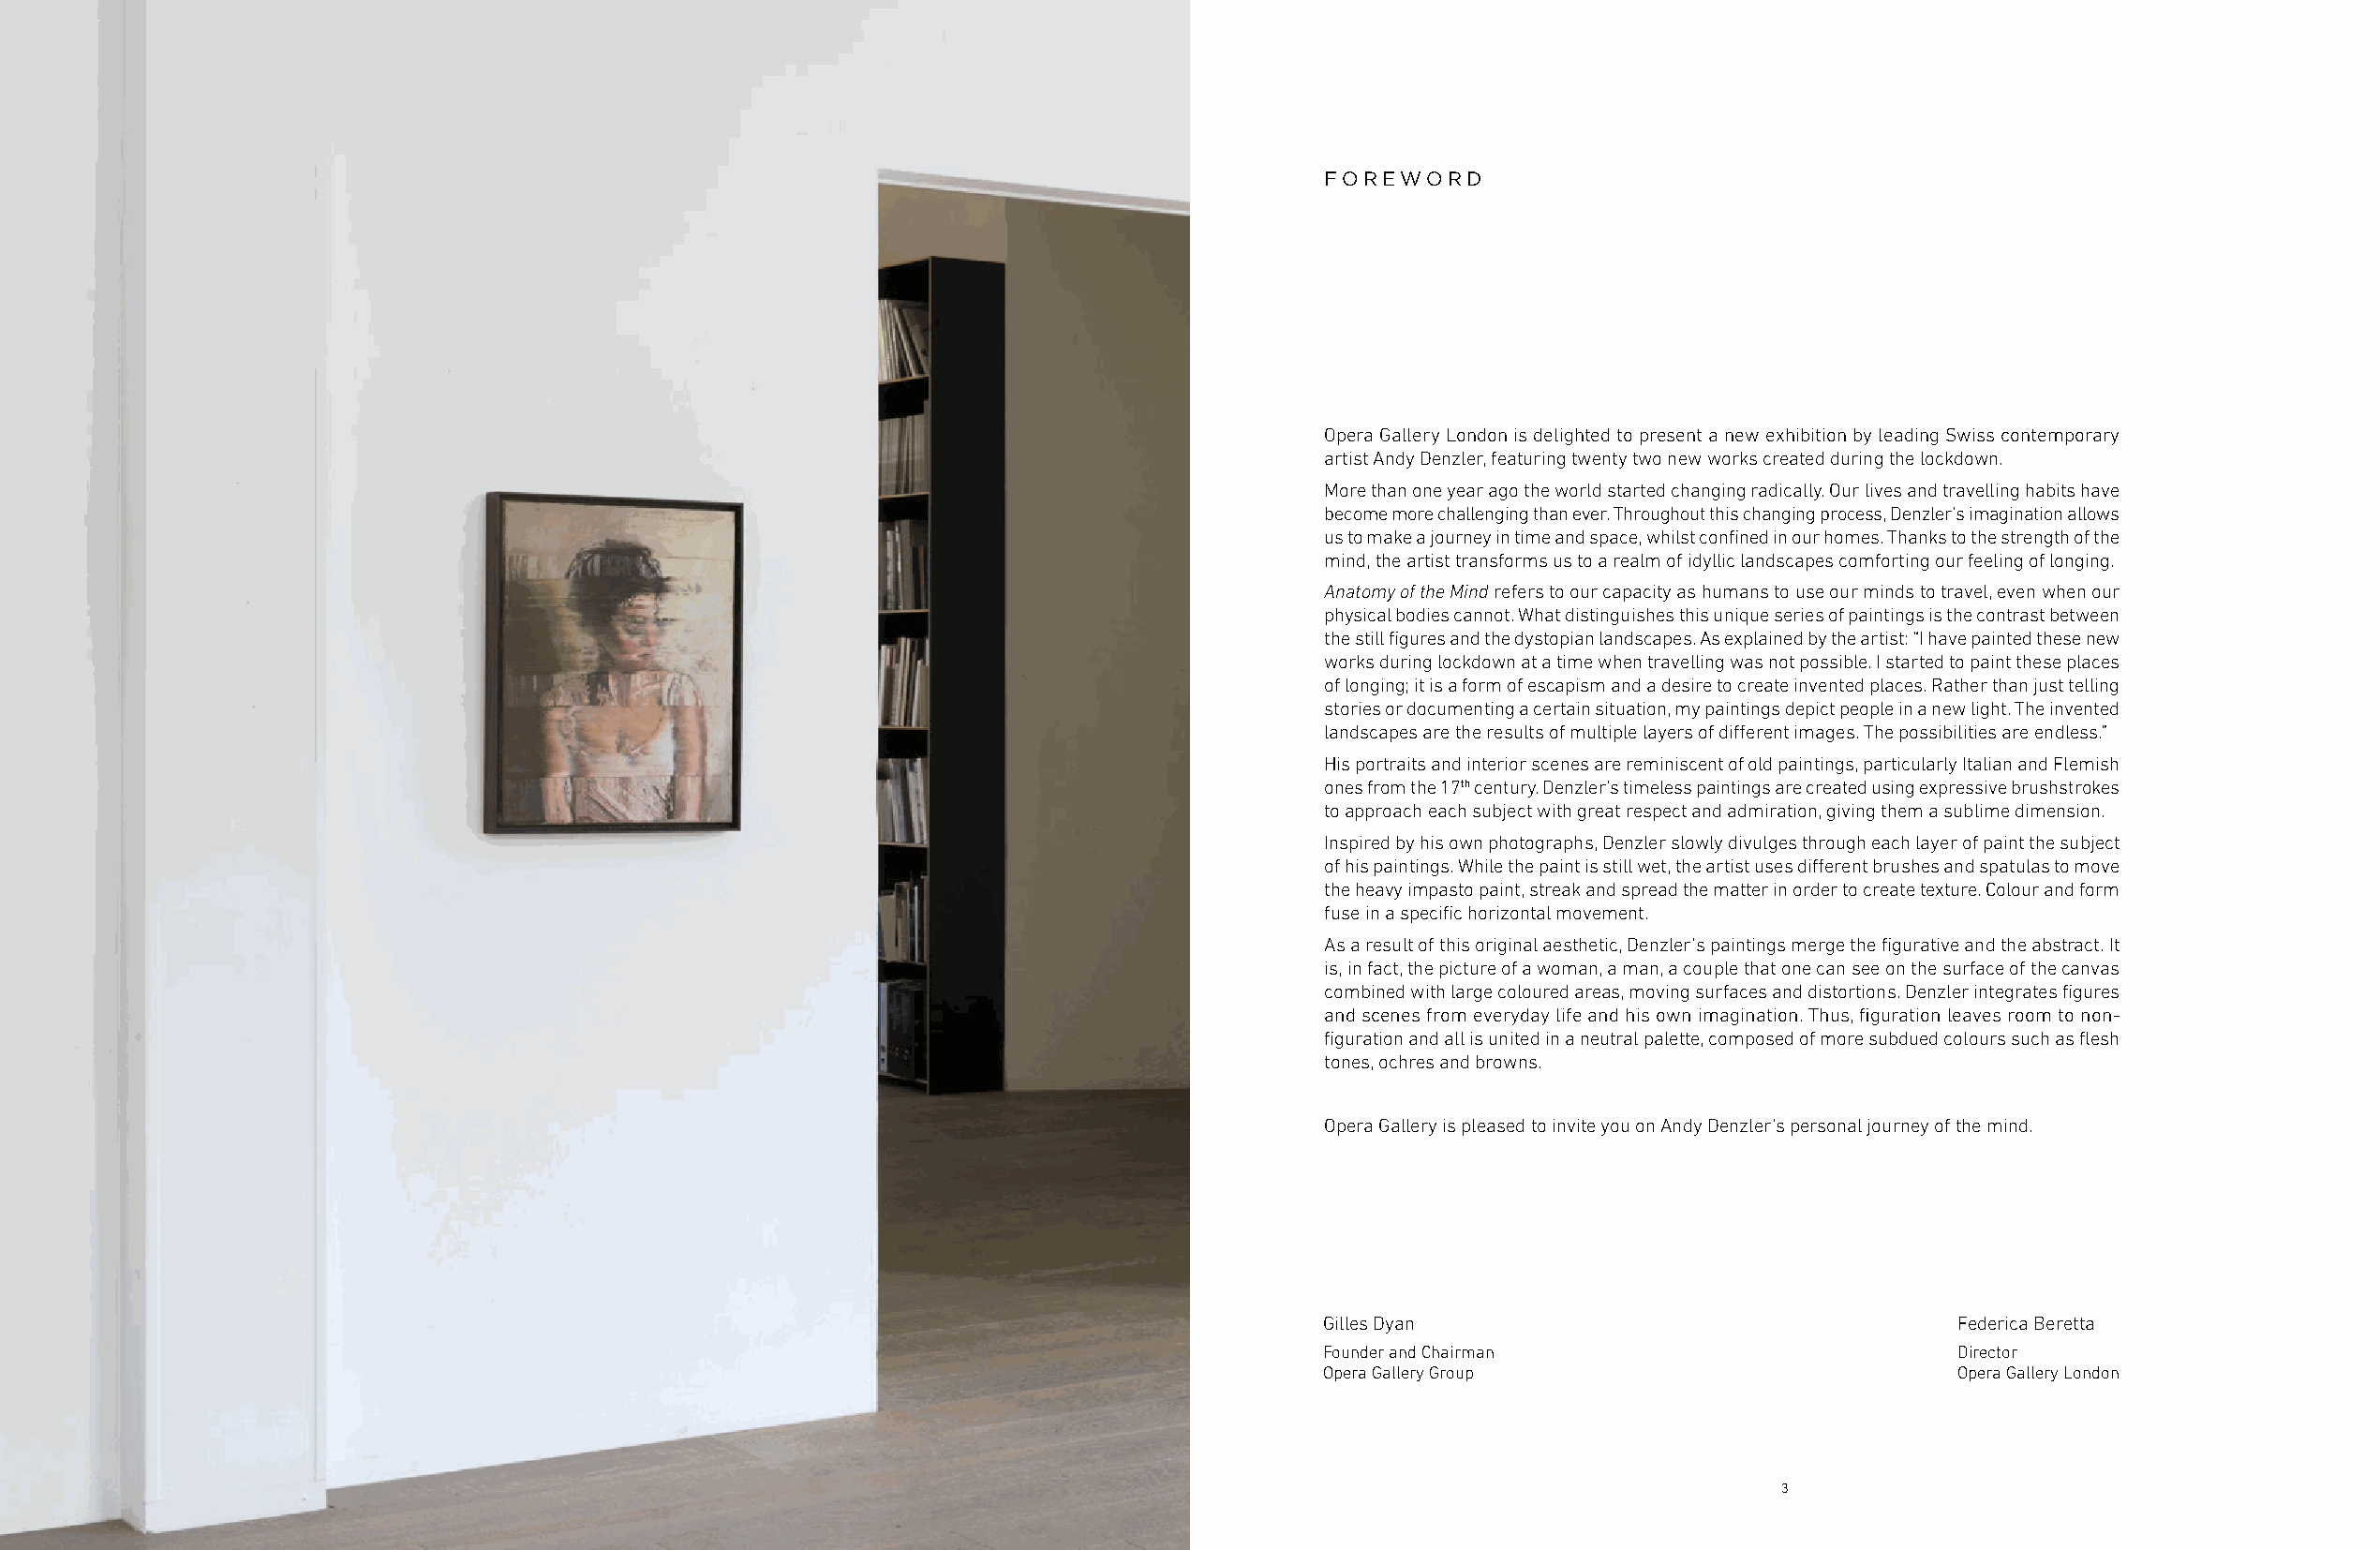
FOREWORD
 Opera Gallery London is delighted to present a new exhibition by leading Swiss contemporary
 artist Andy Denzler, featuring twenty two new works created during the lockdown.
 More than one year ago the world started changing radically. Our lives and travelling habits have
 become more challenging than ever. Throughout this changing process, Denzler’s imagination allows
 us to make a journey in time and space, whilst confined in our homes. Thanks to the strength of the
 mind, the artist transforms us to a realm of idyllic landscapes comforting our feeling of longing.
 Anatomy of the Mind refers to our capacity as humans to use our minds to travel, even when our
 physical bodies cannot. What distinguishes this unique series of paintings is the contrast between
 the still figures and the dystopian landscapes. As explained by the artist: “I have painted these new
 works during lockdown at a time when travelling was not possible. I started to paint these places
 of longing; it is a form of escapism and a desire to create invented places. Rather than just telling
 stories or documenting a certain situation, my paintings depict people in a new light. The invented
 landscapes are the results of multiple layers of different images. The possibilities are endless.”
 His portraits and interior scenes are reminiscent of old paintings, particularly Italian and Flemish
 ones from the 17th century. Denzler’s timeless paintings are created using expressive brushstrokes
 to approach each subject with great respect and admiration, giving them a sublime dimension.
 Inspired by his own photographs, Denzler slowly divulges through each layer of paint the subject
 of his paintings. While the paint is still wet, the artist uses different brushes and spatulas to move
 the heavy impasto paint, streak and spread the matter in order to create texture. Colour and form
 fuse in a specific horizontal movement.
 As a result of this original aesthetic, Denzler’s paintings merge the figurative and the abstract. It
 is, in fact, the picture of a woman, a man, a couple that one can see on the surface of the canvas
 combined with large coloured areas, moving surfaces and distortions. Denzler integrates figures
 and scenes from everyday life and his own imagination. Thus, figuration leaves room to non-
 figuration and all is united in a neutral palette, composed of more subdued colours such as flesh
 tones, ochres and browns.
 Opera Gallery is pleased to invite you on Andy Denzler’s personal journey of the mind.
 Gilles Dyan                                  Federica Beretta
 Founder and Chairman                         Director
 Opera Gallery Group                          Opera Gallery London
 3